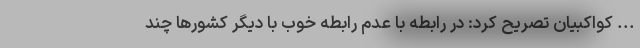
... کواکبیان تصریح کرد: در رابطه با عدم رابطه خوب با دیگر کشورها چند